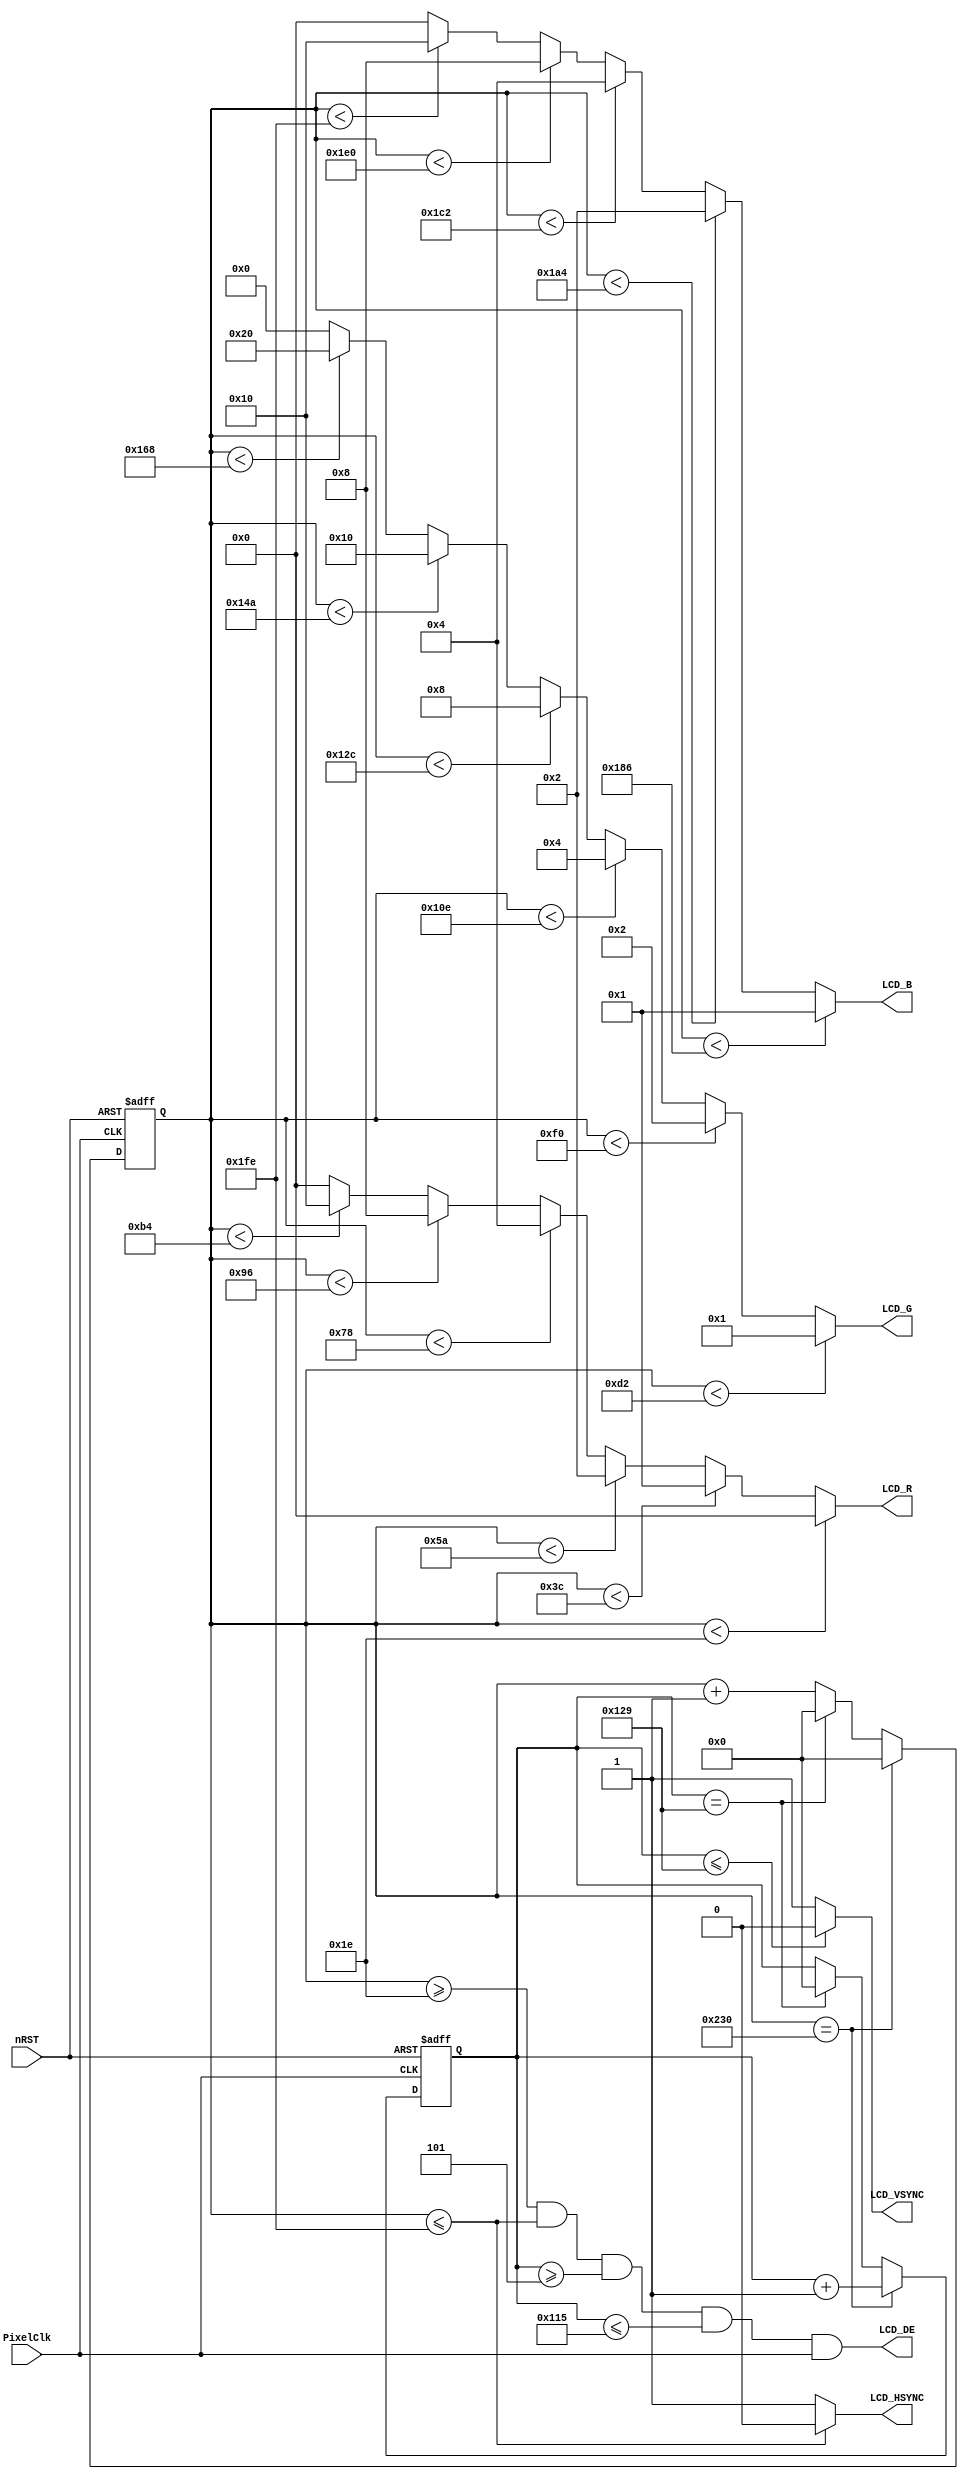
module VGA_timing
(
    input                   PixelClk,
    input                   nRST,

    output                  LCD_DE,
    output                  LCD_HSYNC,
    output                  LCD_VSYNC,

	output          [4:0]   LCD_B,
	output          [5:0]   LCD_G,
	output          [4:0]   LCD_R
);
	
    // Horizen count to Hsync, then next Horizen line.

    parameter       H_Pixel_Valid    = 16'd480; 
    parameter       H_FrontPorch     = 16'd50;
    parameter       H_BackPorch      = 16'd30;  

    parameter       PixelForHS       = H_Pixel_Valid + H_FrontPorch + H_BackPorch;

    parameter       V_Pixel_Valid    = 16'd272; 
    parameter       V_FrontPorch     = 16'd20;  
    parameter       V_BackPorch      = 16'd5;    

    parameter       PixelForVS       = V_Pixel_Valid + V_FrontPorch + V_BackPorch;

    // Horizen pixel count

    reg         [15:0]  H_PixelCount;
    reg         [15:0]  V_PixelCount;

    always @(  posedge PixelClk or negedge nRST  )begin
        if( !nRST ) begin
            V_PixelCount      <=  16'b0;    
            H_PixelCount      <=  16'b0;
            end
        else if(  H_PixelCount == PixelForHS ) begin
            V_PixelCount      <=  V_PixelCount + 1'b1;
            H_PixelCount      <=  16'b0;
            end
        else if(  V_PixelCount == PixelForVS ) begin
            V_PixelCount      <=  16'b0;
            H_PixelCount      <=  16'b0;
            end
        else begin
            V_PixelCount      <=  V_PixelCount ;
            H_PixelCount      <=  H_PixelCount + 1'b1;
        end
    end

    // SYNC-DE MODE
    
    assign  LCD_HSYNC = H_PixelCount <= (PixelForHS-H_FrontPorch) ? 1'b0 : 1'b1;
    
	assign  LCD_VSYNC = V_PixelCount  <= (PixelForVS-0)  ? 1'b0 : 1'b1;

    assign  LCD_DE =    ( H_PixelCount >= H_BackPorch ) && ( H_PixelCount <= H_Pixel_Valid + H_BackPorch ) &&
                        ( V_PixelCount >= V_BackPorch ) && ( V_PixelCount <= V_Pixel_Valid + V_BackPorch ) && PixelClk;

    // color bar
    localparam          Colorbar_width   =   H_Pixel_Valid / 16;

    assign  LCD_R     = ( H_PixelCount < ( H_BackPorch +  Colorbar_width * 0  )) ? 5'b00000 :
                        ( H_PixelCount < ( H_BackPorch +  Colorbar_width * 1  )) ? 5'b00001 : 
                        ( H_PixelCount < ( H_BackPorch +  Colorbar_width * 2  )) ? 5'b00010 :    
                        ( H_PixelCount < ( H_BackPorch +  Colorbar_width * 3  )) ? 5'b00100 :    
                        ( H_PixelCount < ( H_BackPorch +  Colorbar_width * 4  )) ? 5'b01000 :    
                        ( H_PixelCount < ( H_BackPorch +  Colorbar_width * 5  )) ? 5'b10000 :  5'b00000;

    assign  LCD_G    =  ( H_PixelCount < ( H_BackPorch +  Colorbar_width * 6  )) ? 6'b000001: 
                        ( H_PixelCount < ( H_BackPorch +  Colorbar_width * 7  )) ? 6'b000010:    
                        ( H_PixelCount < ( H_BackPorch +  Colorbar_width * 8  )) ? 6'b000100:    
                        ( H_PixelCount < ( H_BackPorch +  Colorbar_width * 9  )) ? 6'b001000:    
                        ( H_PixelCount < ( H_BackPorch +  Colorbar_width * 10 )) ? 6'b010000:    
                        ( H_PixelCount < ( H_BackPorch +  Colorbar_width * 11 )) ? 6'b100000:  6'b000000;

    assign  LCD_B    =  ( H_PixelCount < ( H_BackPorch +  Colorbar_width * 12 )) ? 5'b00001 : 
                        ( H_PixelCount < ( H_BackPorch +  Colorbar_width * 13 )) ? 5'b00010 :    
                        ( H_PixelCount < ( H_BackPorch +  Colorbar_width * 14 )) ? 5'b00100 :    
                        ( H_PixelCount < ( H_BackPorch +  Colorbar_width * 15 )) ? 5'b01000 :    
                        ( H_PixelCount < ( H_BackPorch +  Colorbar_width * 16 )) ? 5'b10000 :  5'b00000;

endmodule